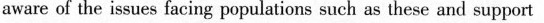
aware of the issues facing populations such an these and support